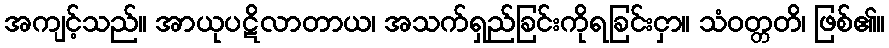
အကျင့်သည်။ အာယုပဋိလာတာယ၊ အသက်ရှည်ခြင်းကိုရခြင်းငှာ။ သံဝတ္တတိ၊ ဖြစ်၏။